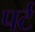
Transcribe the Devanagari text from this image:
पर्ट